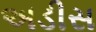
અડીસ